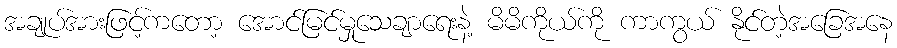
အချုပ်အားဖြင့်ကတော့ အောင်မြင်မှုသေချာရေးနဲ့ မိမိကိုယ်ကို ကာကွယ် နိုင်တဲ့အခြေအနေ